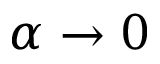
{ \alpha } \rightarrow 0